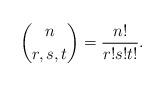
LaTeX: \begin{gather*}\binom{n}{r,s,t} = \frac{n!}{r!s!t!} .\end{gather*}